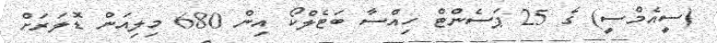
(ސީއެމްސީ) ގެ 25 ޕަސެންޓް ހިއްސާ ބަޓެލްކޯ އިން 680 މިލިއަން ޑޮލަރަށް